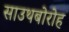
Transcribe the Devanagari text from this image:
साउथबोरोह